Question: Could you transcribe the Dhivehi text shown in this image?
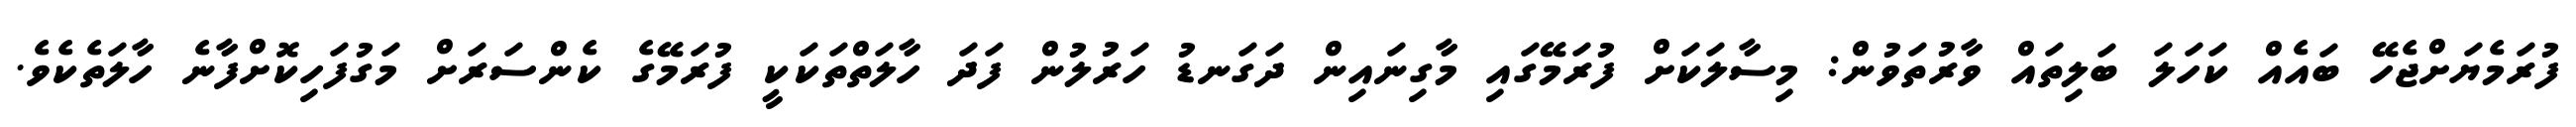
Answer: ފުރަމެޔަށްޖެހޭ ބައެއް ކަހަލަ ބަލިތައް ވާރުތަވުން: މިސާލަކަށް ފުރަމޭގައި މާގިނައިން ދަގަނޑު ހަރުލުން ފަދަ ހާލަތްތަކަކީ ފުރަމޭގެ ކެންސަރަށް މަގުފަހިކޮށްފާނެ ހާލަތެކެވެ.